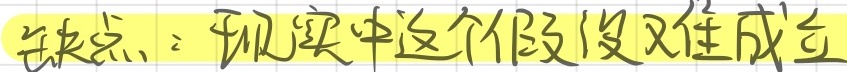
缺点：现实中这个假设难成立